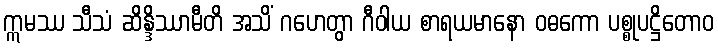
ဣမဿ သီသံ ဆိန္ဒိဿာမီတိ အသိံ ဂဟေတွာ ဂီဝါယ စာရယမာနော ဝဓကော ပစ္စုပဋ္ဌိတောဝ